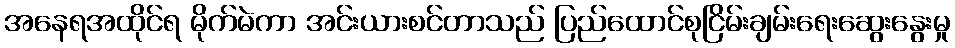
အနေရအထိုင်ရ မိုက်မဲကာ အင်းယားစင်တာသည် ပြည်ထောင်စုငြိမ်းချမ်းရေးဆွေးနွေးမှု